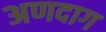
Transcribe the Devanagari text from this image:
अणदाग